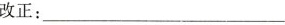
改正：__________________________